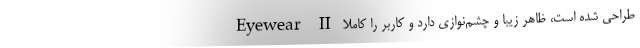
Eyewear II طراحی شده است، ظاهر زیبا و چشم‌نوازی دارد و کاربر را کاملا